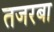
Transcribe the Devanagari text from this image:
तजरबा